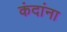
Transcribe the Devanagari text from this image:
कंदांना